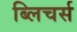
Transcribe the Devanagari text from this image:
ब्लिचर्स